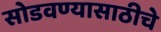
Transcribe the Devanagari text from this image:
सोडवण्यासाठीचे